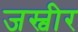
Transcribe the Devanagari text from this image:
जस्वीर